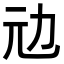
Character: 𠠺